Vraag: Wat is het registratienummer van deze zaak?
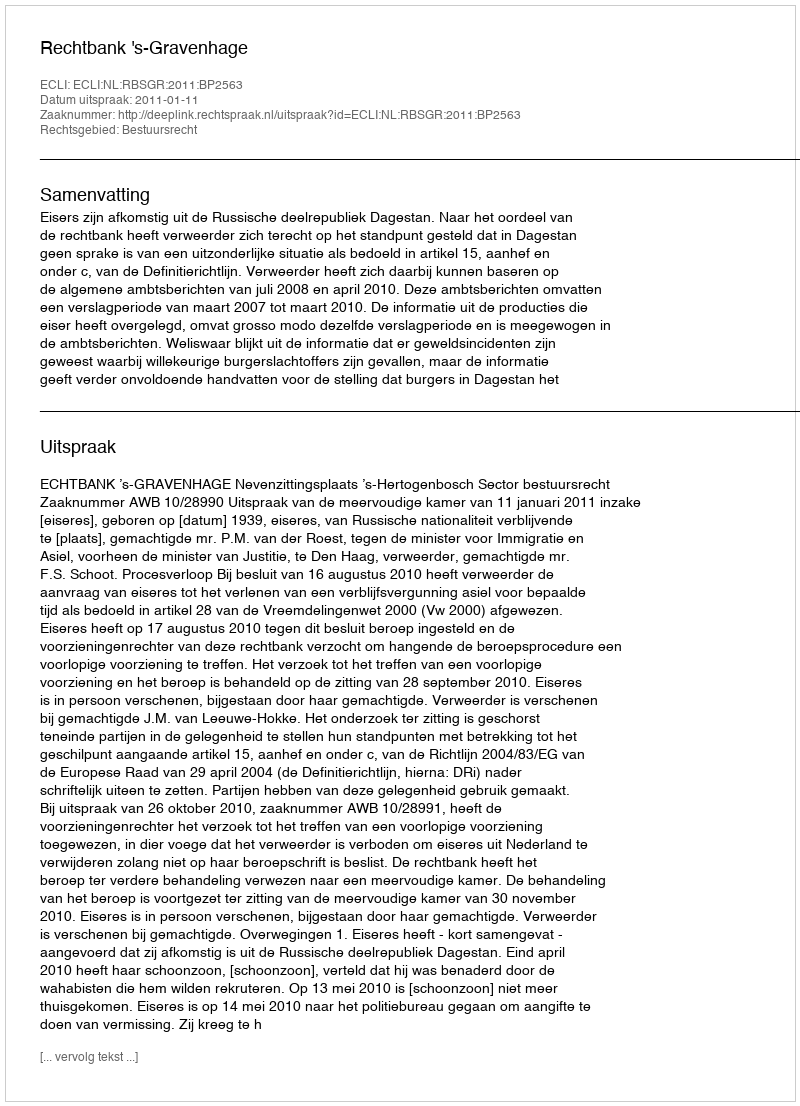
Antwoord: http://deeplink.rechtspraak.nl/uitspraak?id=ECLI:NL:RBSGR:2011:BP2563